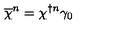
\overline { { \chi } } ^ { n } = \chi ^ { \dagger n } \gamma _ { 0 }